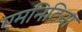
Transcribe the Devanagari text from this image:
एमनिटिना